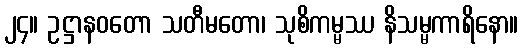
၂၄။ ဥဋ္ဌာနဝတော သတီမတော၊ သုစိကမ္မဿ နိသမ္မကာရိနော။